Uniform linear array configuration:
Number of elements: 16
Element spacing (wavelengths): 1
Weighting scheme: blackman
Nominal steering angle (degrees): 15
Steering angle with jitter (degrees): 15.706
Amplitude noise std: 0.05
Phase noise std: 0.05

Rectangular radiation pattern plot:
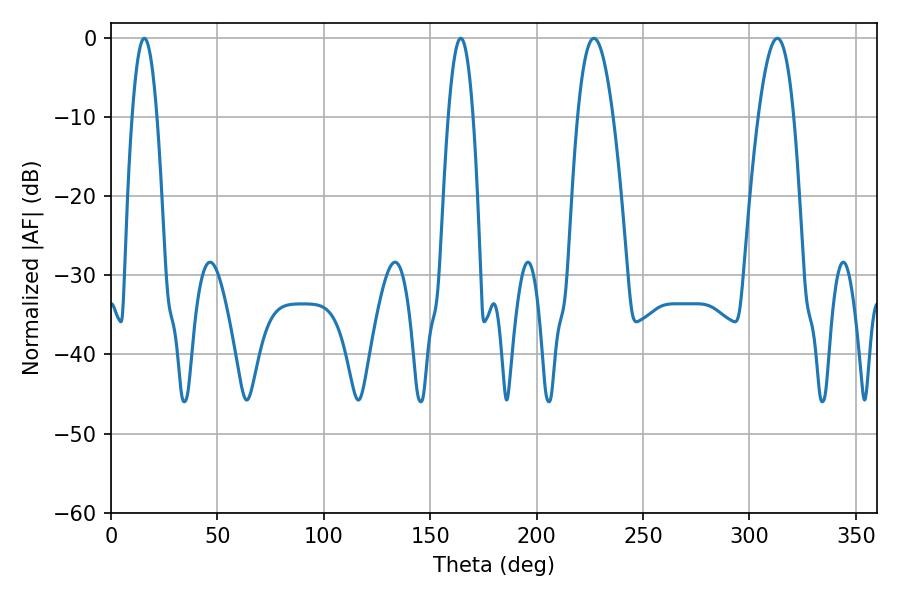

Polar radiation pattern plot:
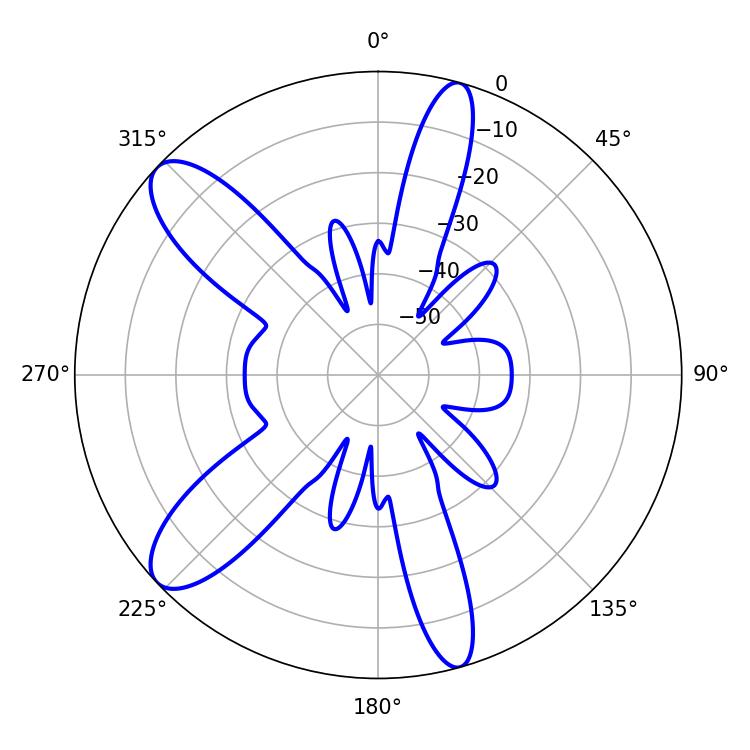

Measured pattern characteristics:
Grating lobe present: TRUE
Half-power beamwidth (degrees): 6.48
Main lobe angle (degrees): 15.66